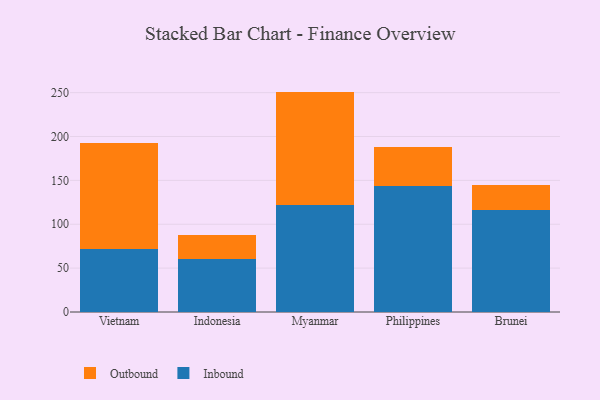
{"axis": {"x": "Country", "y": "Churn Rate (%)"}, "legend": ["Inbound", "Outbound"], "data": [{"x": "Vietnam", "y": 72.3, "type": "Inbound"}, {"x": "Vietnam", "y": 120.8, "type": "Outbound"}, {"x": "Indonesia", "y": 59.9, "type": "Inbound"}, {"x": "Indonesia", "y": 27.8, "type": "Outbound"}, {"x": "Myanmar", "y": 121.4, "type": "Inbound"}, {"x": "Myanmar", "y": 129.8, "type": "Outbound"}, {"x": "Philippines", "y": 143.5, "type": "Inbound"}, {"x": "Philippines", "y": 44.1, "type": "Outbound"}, {"x": "Brunei", "y": 116.3, "type": "Inbound"}, {"x": "Brunei", "y": 28.2, "type": "Outbound"}]}